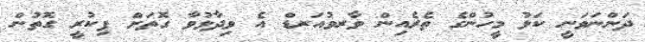
ދަންނަވަނީ ކަޅު މީހުންގެ ތެރެއިން ވާރވުއަރޑް އެ ވިދާޅުވާ ގޮތަށް ފިކުރީ ގޮތުން